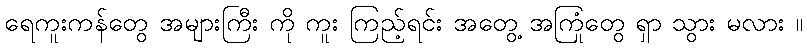
ရေကူးကန်တွေ အများကြီး ကို ကူး ကြည့်ရင်း အတွေ့ အကြုံတွေ ရှာ သွား မလား ။